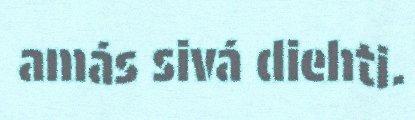
amás sivá diehti.